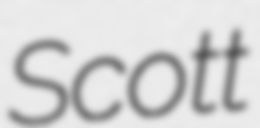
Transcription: Scott